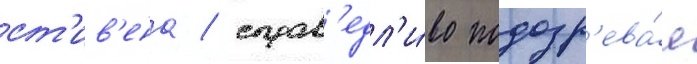
ст'ив'ена / справ'едл'и́во подозр'ева́я